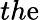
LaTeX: th\mathrm{e}